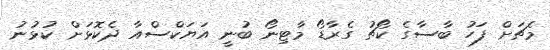
މެޗަށް ފަހު ބާސާގެ ކޯޗު ގެރާޑޯ މާޓިނޯ ބުނީ އަޔަކްސްއާ ދެކޮޅަށް ކުޅުނު